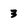
Character: 3